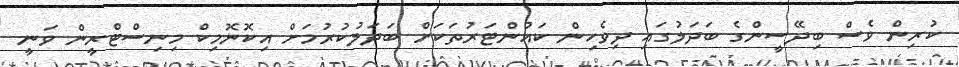
ކުރިން ވެސް ބިދޭސީންގެ ބަދަލުގައި ދިވެހިން ކައުންޓަރުތަކަށް ބަދަލުކުރުމަށް އިކޮނޮމިކް މިނިސްޓްރީން ވަނީ